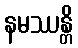
နမဿန္တိ